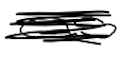
Text: as
Cross-out: scratch
Writing tool: digital_black